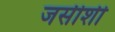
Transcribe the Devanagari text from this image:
जर्सीशी